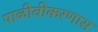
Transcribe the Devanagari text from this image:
पाळीवीकरणास